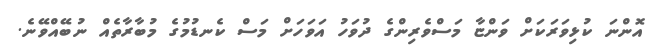
އޮންނަ ކުޅިވަރަކަށް ވަންޏާ މަސްވެރިންގެ ދުވަހު އަވަހަށް މަސް ކެނޑުމުގެ މުބާރާތެއް ނުބޭއްވޭނެ.